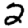
Digit: 2